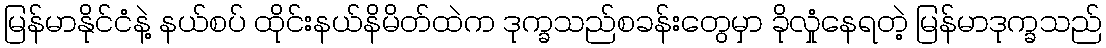
မြန်မာနိုင်ငံနဲ့ နယ်စပ် ထိုင်းနယ်နိမိတ်ထဲက ဒုက္ခသည်စခန်းတွေမှာ ခိုလှုံနေရတဲ့ မြန်မာဒုက္ခသည်